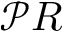
\mathcal { P } R